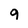
Character: 9